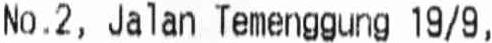
NO.2, JALAN TEMENGGUNG 19/9,